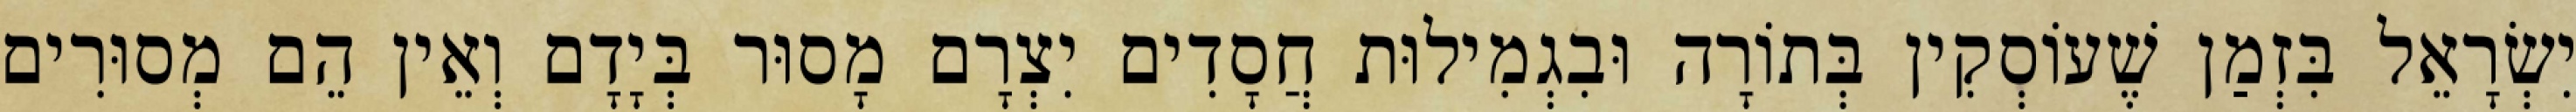
יִשְׂרָאֵל בִּזְמַן שֶׁעוֹסְקִין בְּתוֹרָה וּבִגְמִילוּת חֲסָדִים יִצְרָם מָסוּר בְּיָדָם וְאֵין הֵם מְסוּרִים